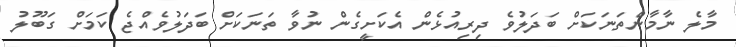
މާލެ ނާމާންތަނަކަށް ބަދަލުވެ ދިރިއުޅެން އެކަށީގެން ނުވާ ތަނަކަށް ބަދަލުވެއްޖެ ކަމަށް ގަބޫލު